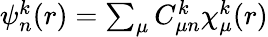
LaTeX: \begin{array}{r}{\psi_{n}^{k}(r)=\sum_{\mu}C_{\mu n}^{k}\chi_{\mu}^{k}(r)}\end{array}